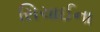
સિચાઈના